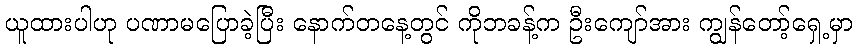
ယူထားပါဟု ပဏာမပြောခဲ့ပြီး နောက်တနေ့တွင် ကိုဘခန့်က ဦးကျော်အား ကျွန်တော့်ရှေ့မှာ